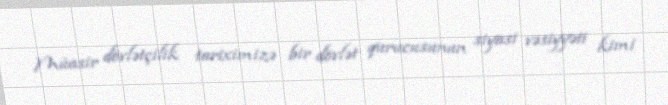
Müasir dövlətçilik tariximizə bir dövlət qurucusunun siyasi vəsiyyəti kimi